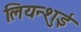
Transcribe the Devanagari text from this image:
लियन्शुई